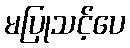
မပြုသင့်ပေ